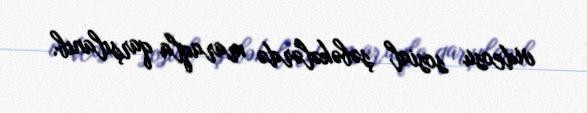
videosu sosial şəbəkələrdə maraqla qarşılanıb.